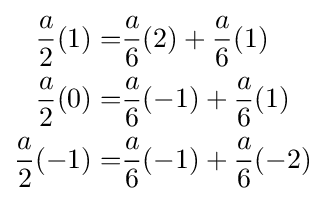
{\begin{aligned}{\frac {a}{2}}(1)=&{\frac {a}{6}}(2)+{\frac {a}{6}}(1)\\{\frac {a}{2}}(0)=&{\frac {a}{6}}(-1)+{\frac {a}{6}}(1)\\{\frac {a}{2}}(-1)=&{\frac {a}{6}}(-1)+{\frac {a}{6}}(-2)\end{aligned}}